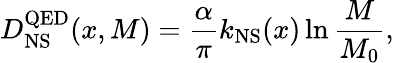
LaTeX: D_{\mathrm{NS}}^{\mathrm{QED}}(x,M)=\frac{\alpha}{\pi}k_{\mathrm{NS}}(x)\ln\frac{M}{M_{0}},